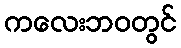
ကလေးဘဝတွင်